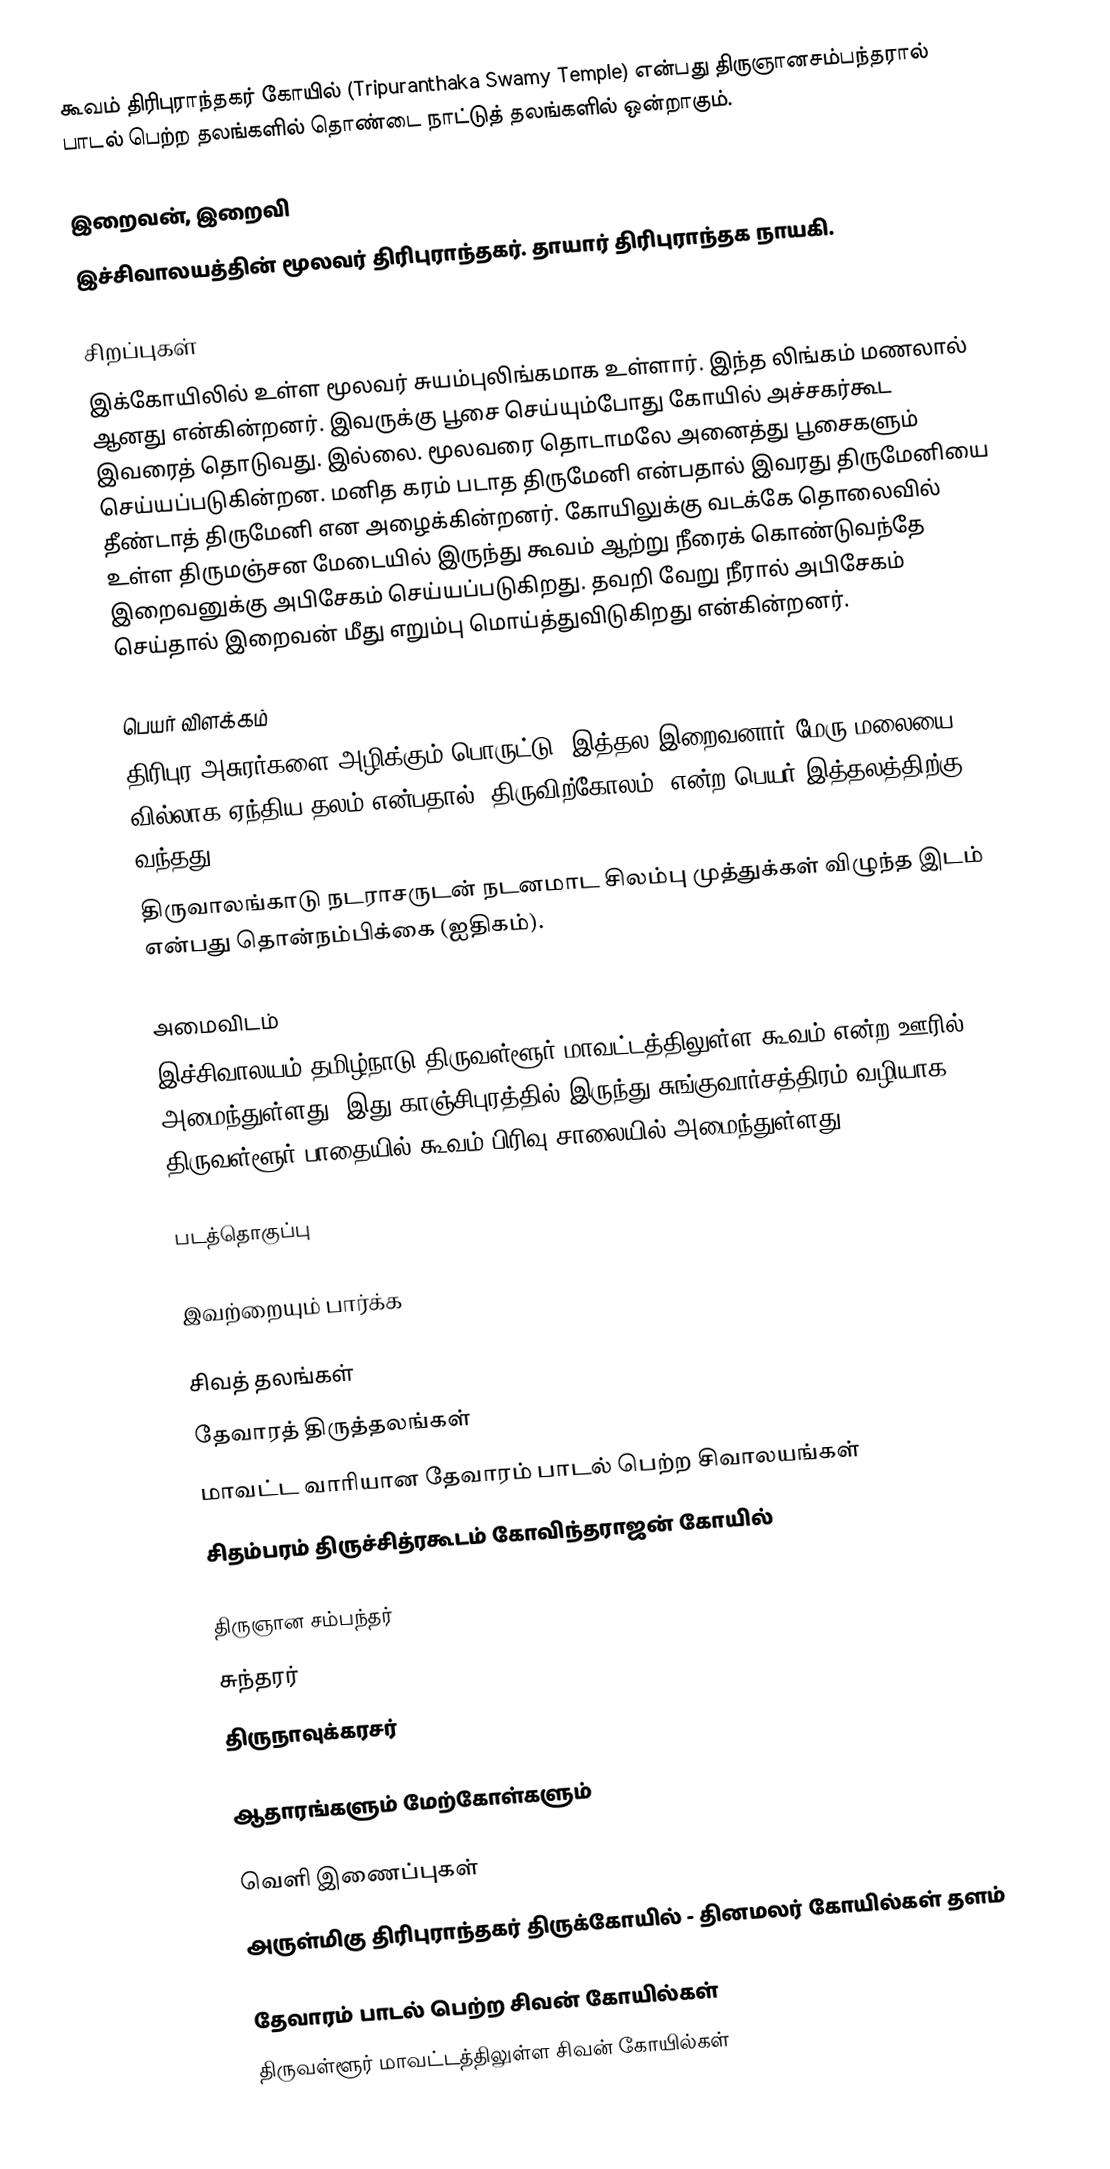
கூவம் திரிபுராந்தகர் கோயில் (Tripuranthaka Swamy Temple) என்பது திருஞானசம்பந்தரால் பாடல் பெற்ற தலங்களில் தொண்டை நாட்டுத் தலங்களில் ஒன்றாகும்.

இறைவன், இறைவி
இச்சிவாலயத்தின் மூலவர் திரிபுராந்தகர். தாயார் திரிபுராந்தக நாயகி.

சிறப்புகள்
இக்கோயிலில் உள்ள மூலவர் சுயம்புலிங்கமாக உள்ளார். இந்த லிங்கம் மணலால் ஆனது என்கின்றனர். இவருக்கு பூசை செய்யும்போது கோயில் அச்சகர்கூட இவரைத் தொடுவது. இல்லை. மூலவரை தொடாமலே அனைத்து பூசைகளும் செய்யப்படுகின்றன. மனித கரம் படாத திருமேனி என்பதால் இவரது திருமேனியை தீண்டாத் திருமேனி என அழைக்கின்றனர். கோயிலுக்கு வடக்கே தொலைவில் உள்ள திருமஞ்சன மேடையில் இருந்து கூவம் ஆற்று நீரைக் கொண்டுவந்தே இறைவனுக்கு அபிசேகம் செய்யப்படுகிறது. தவறி வேறு நீரால் அபிசேகம் செய்தால் இறைவன் மீது எறும்பு மொய்த்துவிடுகிறது என்கின்றனர்.

பெயர் விளக்கம்
திரிபுர அசுரர்களை அழிக்கும் பொருட்டு, இத்தல இறைவனார் மேரு மலையை வில்லாக ஏந்திய தலம் என்பதால் ’திருவிற்கோலம்’ என்ற பெயர் இத்தலத்திற்கு வந்தது.
திருவாலங்காடு நடராசருடன் நடனமாட சிலம்பு முத்துக்கள் விழுந்த இடம் என்பது தொன்நம்பிக்கை (ஐதிகம்).

அமைவிடம்
இச்சிவாலயம் தமிழ்நாடு திருவள்ளூர் மாவட்டத்திலுள்ள கூவம் என்ற ஊரில் அமைந்துள்ளது. இது காஞ்சிபுரத்தில் இருந்து சுங்குவார்சத்திரம் வழியாக திருவள்ளூர் பாதையில் கூவம் பிரிவு சாலையில் அமைந்துள்ளது.

படத்தொகுப்பு

இவற்றையும் பார்க்க

 சிவத் தலங்கள்
 தேவாரத் திருத்தலங்கள்
 மாவட்ட வாரியான தேவாரம் பாடல் பெற்ற சிவாலயங்கள்
 சிதம்பரம் திருச்சித்ரகூடம் கோவிந்தராஜன் கோயில்

 திருஞான சம்பந்தர்
 சுந்தரர்
 திருநாவுக்கரசர்

ஆதாரங்களும் மேற்கோள்களும்

வெளி இணைப்புகள்
அருள்மிகு திரிபுராந்தகர் திருக்கோயில் - தினமலர் கோயில்கள் தளம்

தேவாரம் பாடல் பெற்ற சிவன் கோயில்கள்
திருவள்ளூர் மாவட்டத்திலுள்ள சிவன் கோயில்கள்